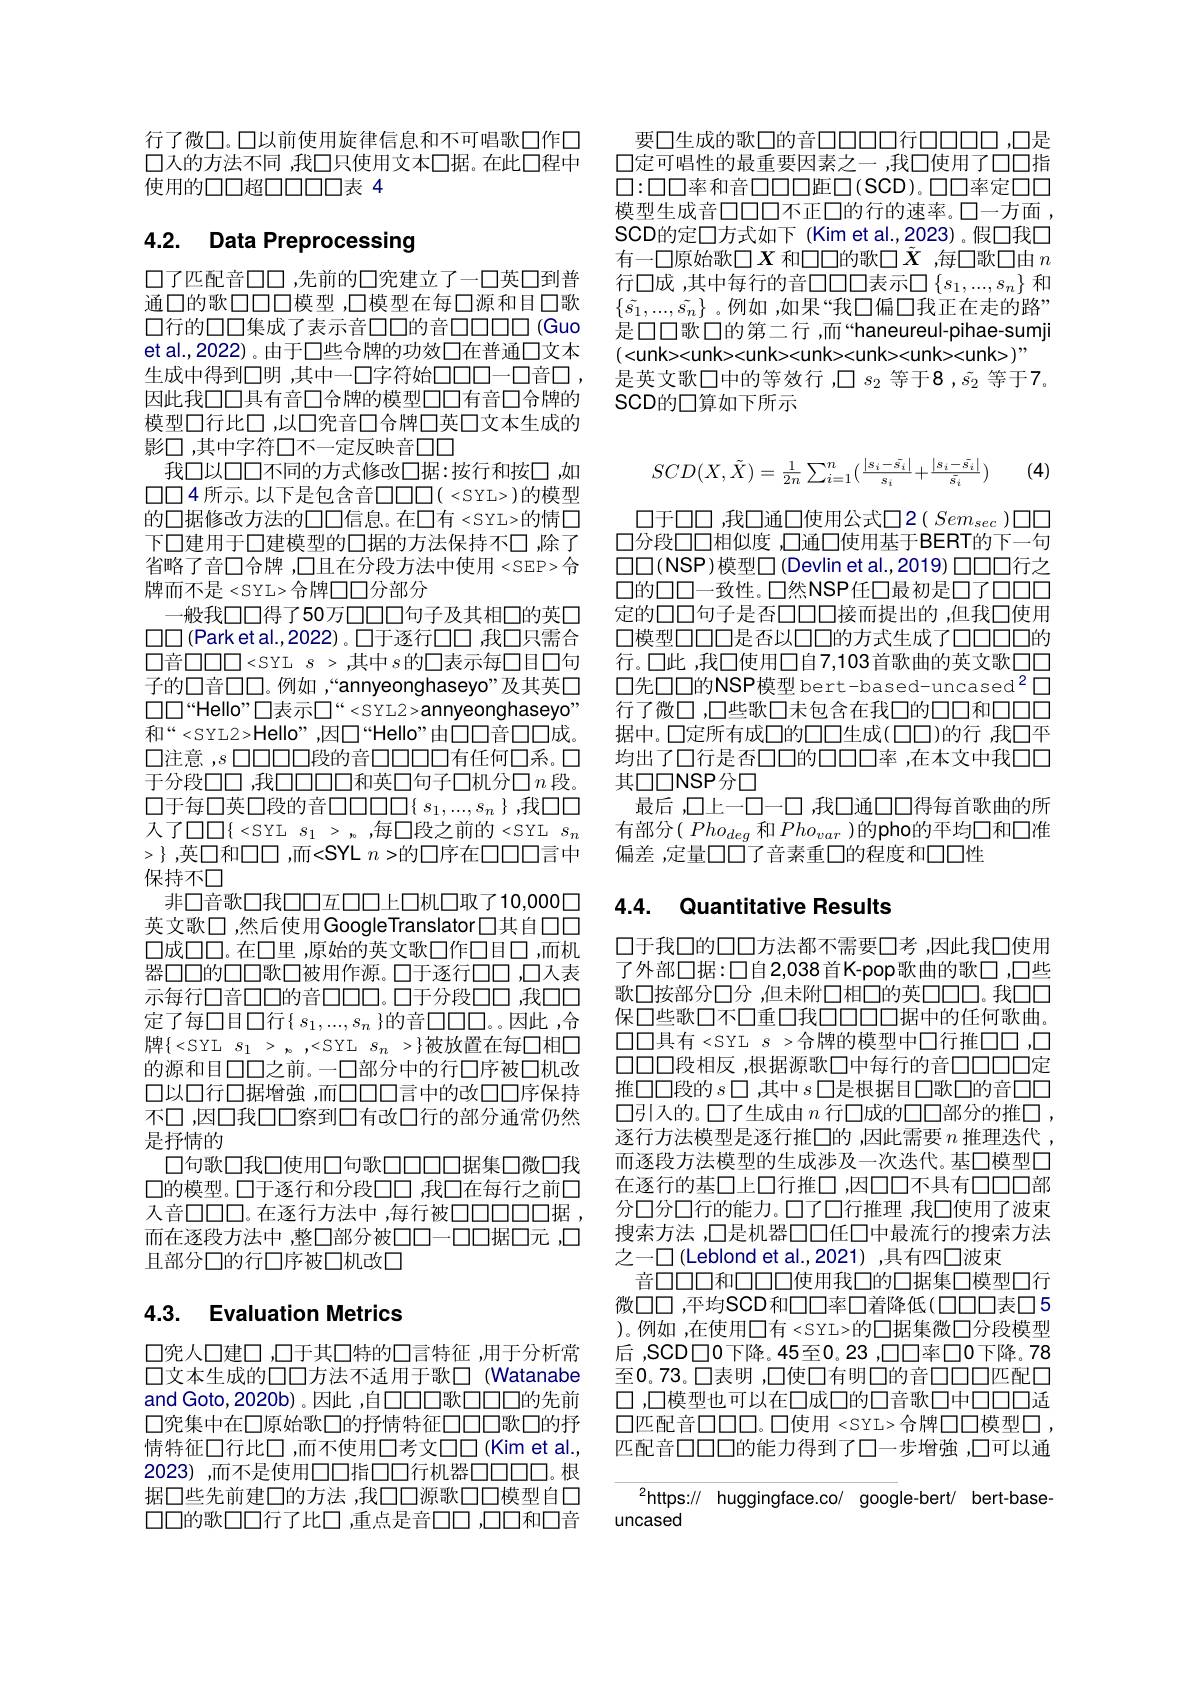
行了微口。口以前使用旋律信息和不可唱歌口作口口入的方法不同 ,我口只使用文本口据。在此口程中使用的口口超口口口口表 4

# 4.2. Data Preprocessing

口了匹配音口口 ,先前的口究建立了一口英口到普通口的歌口口口模型，口模型在每口源和目口歌口行的口口集成了表示音口口的音口口口(Guo et al.,2022)。由于口些合牌的功效口在普通口文本生成中得到口明 ,其中一口字符始口口口一口音口 , 因此我口口具有音□合牌的模型口口有音口合牌的模型口行此口，以口究音口合牌口英口文本生成的影口，其中字符口不一定反映音口口
我口以口口不同的方式修改口据：按行和按口，如$\square\square4$ 所示。以下是包含音$\square\square\square\square(<SYL>)$的模型的口据修改方法的口口信息。在口有 <SYL>的情口下口建用于口建模型的口据的方法保持不口，除了省略了音口合牌 ,口且在分段方法中使用 <SEP> 合牌而不是<SYL>合牌口口分部分
一般我口口得了50万口口口句子及其相口的英口$\square\square$ (Park et al.,2022)。口于逐行口口 ,我口只需合$\square$音$\square\square\square\square<$SYL$s>$,其中$s$的口表示每口目口句子的口音口口。例如 ,“annyeonghaseyo”及其英□ $\square\square“$Hello”口表示$\square“<$SYL2>annyeonghaseyo” 和“<SYL2>Hello”,因口“Hello”由口口音口口成。口注意$,s$口口口口段的音口口口口有任何口系。口于分段口口 ,我口口口口和英口句子口机分口$n$段口于每口英口段的音口口口口$\{s_1,...,s_n\}$,我口口ス了$\square\square\{<$SYL$s_1>$,每$\square$段之前的<SYL$s_n$ $>\}$,英口和口口，而<SYL $n>$的口序在$\square\square\square\square$言中保持不口
非口音歌口我口口互口口上口机口取了10，000口英文歌口 ,然后使用GoogleTranslator□其自口口口成口口。在口里，原始的英文歌口作口目口，而机器口口的口口歌口被用作源。口于逐行口口，口人表示每行口音口口的音口口口。口于分段口口，我口口定了每口目口行$\{s_1,...,s_n\}$的音$\square\square\square\square$。因此，合牌$\{<$SYL$s_1>s_n,<$SYL$s_n>\}$被放置在每$\square$相的源和目口口之前。一口部分中的行口序被口机改口以口行口据增強 ,而口口口言中的改口口序保持不口，因口我口口察到口有改口行的部分通常仍然是抒情的
口句歌口我口使用口句歌口口口口据集口微口我$\square$的模型。口于逐行和分段口口 ,我口在每行之前口入音口口口。在逐行方法中，每行被口口口口口口据， 而在逐段方法中，整□部分被口口一口口据口元，口且部分口的行口序被口机改口

# 4.3. Evaluation Metrics

口究人口建口 ,口于其口特的口言特征 ,用于分析常口文本生成的口口方法不适用于歌□(Watanabe and Goto,2020b)。因此 ,自口口口歌口口口的先前口究集中在口原始歌□的抒情特征口口口歌口的抒情特征口行比口，而不使用口考文口口(Kim et al., 2023),而不是使用口口指口口行机器口口口口。根据口些先前建口的方法 ,我口口源歌口口模型自口$\square\square$的歌口口行了比口，重点是音$\square\square\square\square\square\square$和口音

要口生成的歌口的音口口口口行口口口口，口是口定可唱性的最重要因素之一，我口使用了口口指$$\square{:}\square\square\blacksquare$率和音$\square\square\square\square\square$距$\square($SCD)。\square\square$率定$\square\square\square$ 模型生成音口口口不正口的行的速率。口一方面， SCD的定口方式如下 (Kim et al.,2023)。假口我口有一口原始歌$\square X$ 和口口的歌口$\tilde{X}$ ,每口歌口由 $n$ 行口成 ,其中每行的音□□□□表示□ $\{s_1,...,s_n\}$和$\{\tilde{s}_1,...,\tilde{s_n}\}$。例如 ,如果“我口偏口我正在走的路” 是口口歌口的第二行，而“haneureul-pihae-sumji
是英文歌口中的等效行，口$s_2$等于8 ,$\tilde{s}_2$等于7。
SCD的口算如下所示
$$SCD(X,\tilde{X})=\frac{1}{2n}\sum_{i=1}^{n}(\frac{|s_{i}-\bar{s_{i}}|}{s_{i}}+\frac{|s_{i}-\bar{s_{i}}|}{\bar{s_{i}}})$$
(4)

$\square 于\square\square\square$ ,我口通口使用公式口2( $Sem_sec)\square\square$ 口分段口口相似度 ,口通口使用基于BERT的下一句$\square\square$(NSP)模型□(Devlin et al.,2019) 口口口行之口的口口一致性。口然NSP任口最初是口了口口口定的口口句子是否口口口接而提出的 ,但我口使用口模型口口口是否以口口的方式生成了口口口口的行。口此 ,我口使用口自7，103首歌曲的英文歌□□ 口先口口的NSP模型 bert-based-uncased$^{2}\square$ 行了微口 ,口些歌口未包含在我口的口口和口口据中。口定所有成口的口口生成(口口)的行 ,我口平均出了口行是否口口的口口口率 ,在本文中我口口其口口NSP分口
最后 ,口上一口-口 ,我口通口口得每首歌曲的所有部分$(Pho_{deg}$ 和 $Pho_{var}$ )的pho的平均口和口准偏差，定量口口了音素重口的程度和口口性

# 4.4. Quantitative Results

口于我口的口口方法都不需要口考 ,因此我口使用了外部口据：口自2，038首K-pop歌曲的歌口，口些歌口按部分口分，但未附口相口的英口口口。我口口保口些歌口不口重口我口口口口居中的任何歌曲， $\square\square$具有<SYL$s>$合牌的模型中口行推口口，口$\square\square\square\square$段相反 ,根据源歌□中每行的音口口口口定推口口段的$s$口，其中$s$口是根据目口歌口的音口口口引入的。口了生成由$n$行口成的口口部分的推口 , 逐行方法模型是逐行推口的 ,因此需要$n$推理迭代 , 而逐段方法模型的生成涉及一次迭代。基口模型口在逐行的基口上口行推口，因口口不具有口口部分口分口行的能力。口了口行推理 ,我口使用了波束搜索方法 ,口是机器口口任口中最流行的搜索方法之一口(Leblond et al.,2021),具有四口波束
音口口口和口口口使用我口的口据集口模型口行微口口，平均SCD和口口率口着降低(口口口表口5 )。例如 ,在使用口有 <SYL>的口据集微口分段模型后，SCD口0下降。45至0。23 ,口口率口0下降。78至0。73。口表明 ,口使口有明口的音口口口匹配口口 ,口模型也可以在口成口的口音歌口中口口口适$\square$匹配音口口口。口使用<SYL>合牌口口模型口， 匹配音口口口的能力得到了口一步增強 ,口可以通

$^{2}$https:// huggingface.co/ google-bert/ bert-base-
uncased